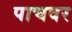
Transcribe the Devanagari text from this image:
पाचवर